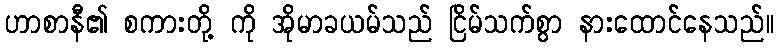
ဟာစာနီ၏ စကားတို့ ကို အိုမာခယမ်သည် ငြိမ်သက်စွာ နားထောင်နေသည်။